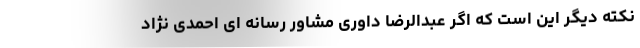
نکته دیگر این است که اگر عبدالرضا داوری مشاور رسانه ای احمدی نژاد